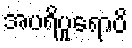
အပရိပူရောပိ